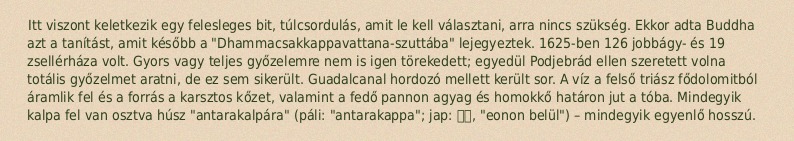
Itt viszont keletkezik egy felesleges bit, túlcsordulás, amit le kell választani, arra nincs szükség. Ekkor adta Buddha azt a tanítást, amit később a "Dhammacsakkappavattana-szuttába" lejegyeztek. 1625-ben 126 jobbágy- és 19 zsellérháza volt. Gyors vagy teljes győzelemre nem is igen törekedett; egyedül Podjebrád ellen szeretett volna totális győzelmet aratni, de ez sem sikerült. Guadalcanal hordozó mellett került sor. A víz a felső triász fődolomitból áramlik fel és a forrás a karsztos kőzet, valamint a fedő pannon agyag és homokkő határon jut a tóba. Mindegyik kalpa fel van osztva húsz "antarakalpára" (páli: "antarakappa"; jap: 中劫, "eonon belül") – mindegyik egyenlő hosszú.